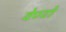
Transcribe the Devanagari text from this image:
वेण्टो